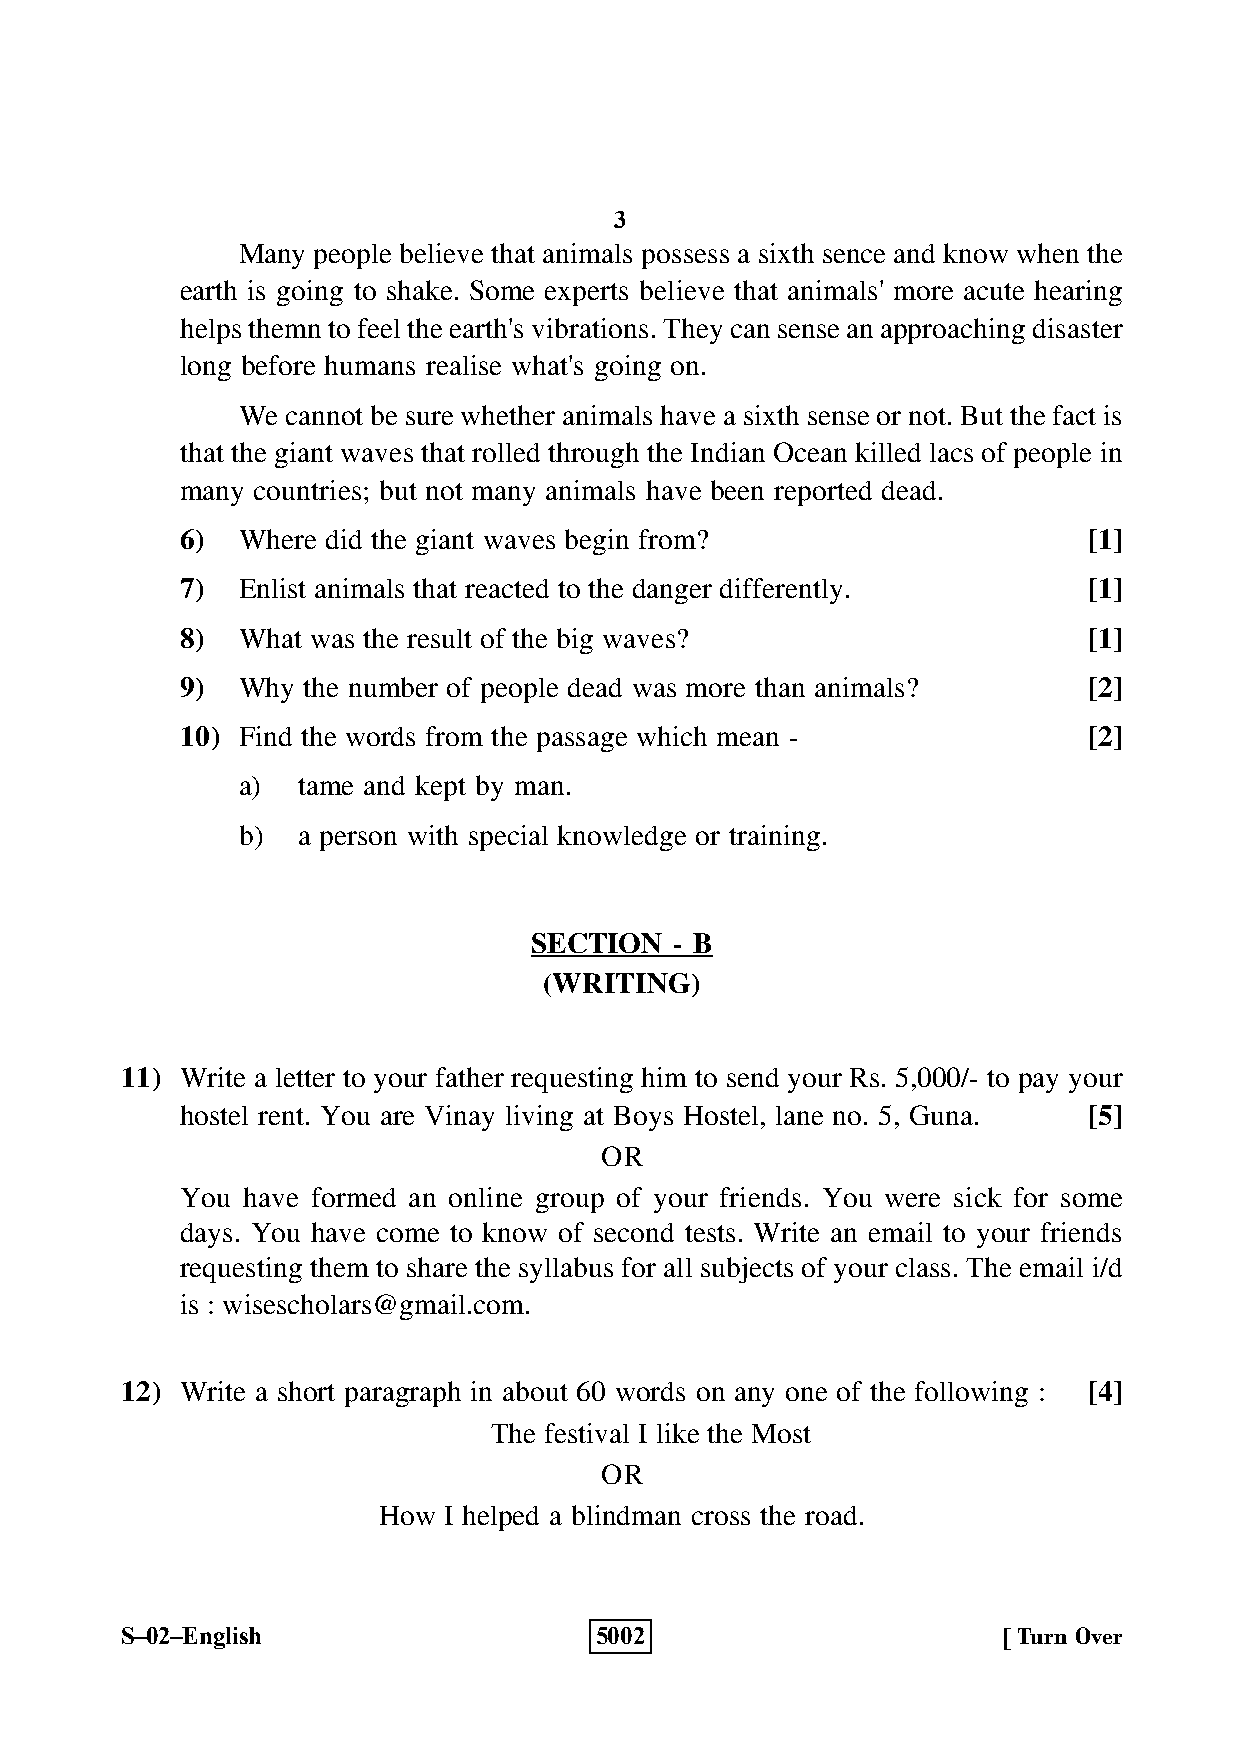
3
 Many people believe that animals possess a sixth sence and know when the
 earth is going to shake. Some experts believe that animals' more acute hearing
 helps themn to feel the earth's vibrations. They can sense an approaching disaster
 long before humans realise what's going on.
 We cannot be sure whether animals have a sixth sense or not. But the fact is
 that the giant waves that rolled through the Indian Ocean killed lacs of people in
 many countries; but not many animals have been reported dead.
 6)  Where did the giant waves begin from?                   [1]
 7)  Enlist animals that reacted to the danger differently.  [1]
 8)  What was the result of the big waves?                   [1]
 9)  Why the number of people dead was more than animals?    [2]
 10) Find the words from the passage which mean -            [2]
 a)  tame and kept by man.
 b)  a person with special knowledge or training.
 SECTION   - B
 (WRITING)
 11) Write a letter to your father requesting him to send your Rs. 5,000/- to pay your
 hostel rent. You are Vinay living at Boys Hostel, lane no. 5, Guna. [5]
 OR
 You have formed an online group of your friends. You were sick for some
 days. You have come to know of second tests. Write an email to your friends
 requesting them to share the syllabus for all subjects of your class. The email i/d
 is : wisescholars@gmail.com.
 12) Write a short paragraph in about 60 words on any one of the following : [4]
 The festival I like the Most
 OR
 How I helped a blindman cross the road.
 S–02–English                   5002                       [ Turn Over